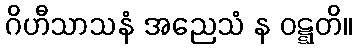
ဂိဟီသာသနံ အညေသံ န ဝဋ္ဋတိ။